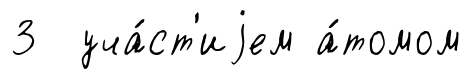
3 уча́ст'иjем а́томом